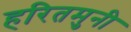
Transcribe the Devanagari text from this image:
हरितमुनी